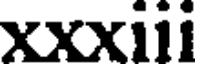
xxxiii